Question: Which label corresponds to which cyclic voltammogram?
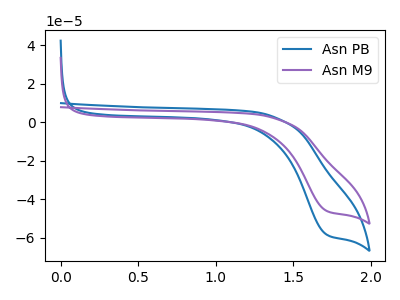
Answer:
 <answer>The blue curve is labeled "Asn PB". The purple curve is labeled "Asn M9".</answer>
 <eval></eval>